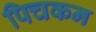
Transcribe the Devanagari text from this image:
पिचकन